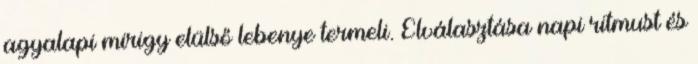
agyalapi mirigy elülső lebenye termeli. Elválasztása napi ritmust és